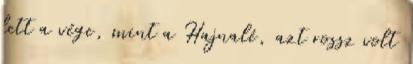
lett a vége, mint a Hajnalé, azt rossz volt